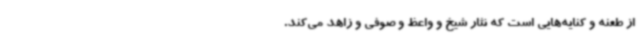
از طعنه و کنایه‌هایی است که نثار شیخ و واعظ و صوفی و زاهد می‌کند.